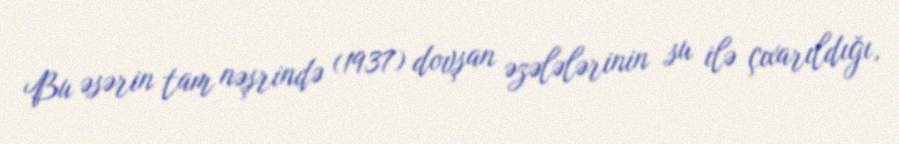
Bu əsərin tam nəşrində (1937) dovşan əzələlərinin su ilə çıxarıldığı,